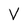
Character: V